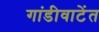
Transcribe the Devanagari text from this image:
गांडीवाटेंत